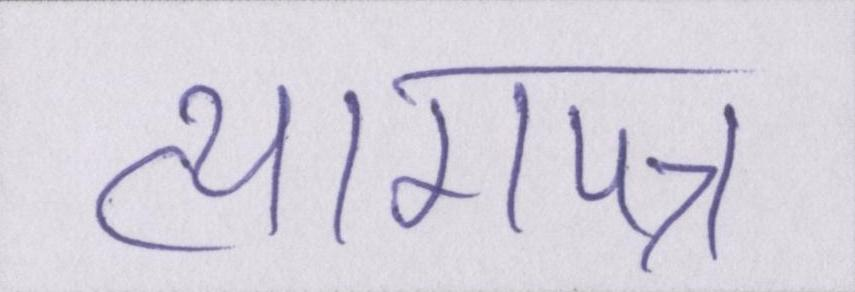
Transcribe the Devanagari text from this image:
त्यागपत्र